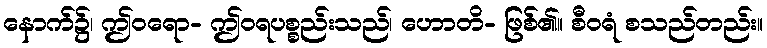
နောက်၌၊ ဤဝရော- ဤဝရပစ္စည်းသည်၊ ဟောတိ- ဖြစ်၏။ စီဝရံ စသည်တည်း။